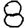
Digit: 8